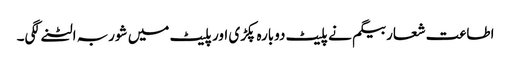
اطاعت شعار بیگم نے پلیٹ دوبارہ پکڑی اور پلیٹ میں شوربہ الٹنے لگی۔